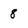
Character: 8